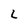
Character: L